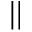
| |